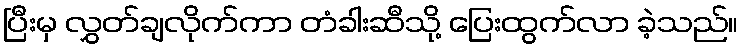
ပြီးမှ လွှတ်ချလိုက်ကာ တံခါးဆီသို့ ပြေးထွက်လာ ခဲ့သည်။